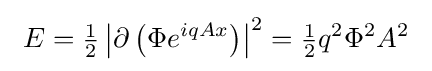
\ E={\tfrac {1}{2}}\left|\partial \left(\Phi e^{iqAx}\right)\right|^{2}={\tfrac {1}{2}}q^{2}\Phi ^{2}A^{2}~